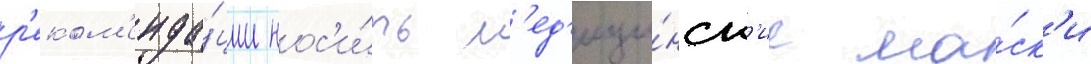
р'еком'енда́ции нос'и́ть м'ед'ици́нск'ие ма́ск'и